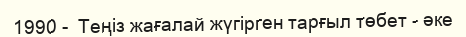
1990 -  Теңіз жағалай жүгірген тарғыл төбет - әке